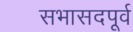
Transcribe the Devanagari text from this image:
सभासदपूर्व